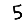
Digit: 5